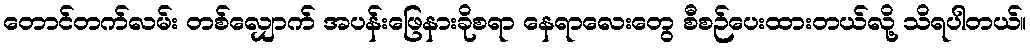
တောင်တက်လမ်း တစ်လျှောက် အပန်းဖြေနားခိုစရာ နေရာလေးတွေ စီစဉ်ပေးထားတယ်လို့ သိရပါတယ်။